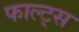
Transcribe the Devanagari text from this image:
फाल्ट्स